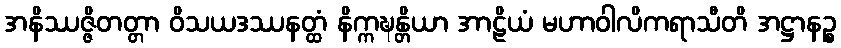
အနိဿဇ္ဇိတတ္တာ ဝိသယဒဿနတ္ထံ နိက္ကဍ္ဎန္တိယာ အာဠိယံ မဟာဝါလိကရာသီတိ အဋ္ဌာနဉ္စ